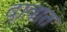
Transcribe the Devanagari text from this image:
दावात